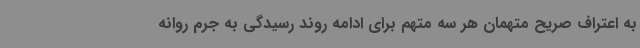
به اعتراف صریح متهمان هر سه متهم برای ادامه روند رسیدگی به جرم روانه